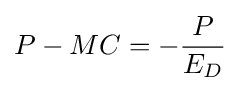
P-MC=-{\frac {P}{E_{D}}}